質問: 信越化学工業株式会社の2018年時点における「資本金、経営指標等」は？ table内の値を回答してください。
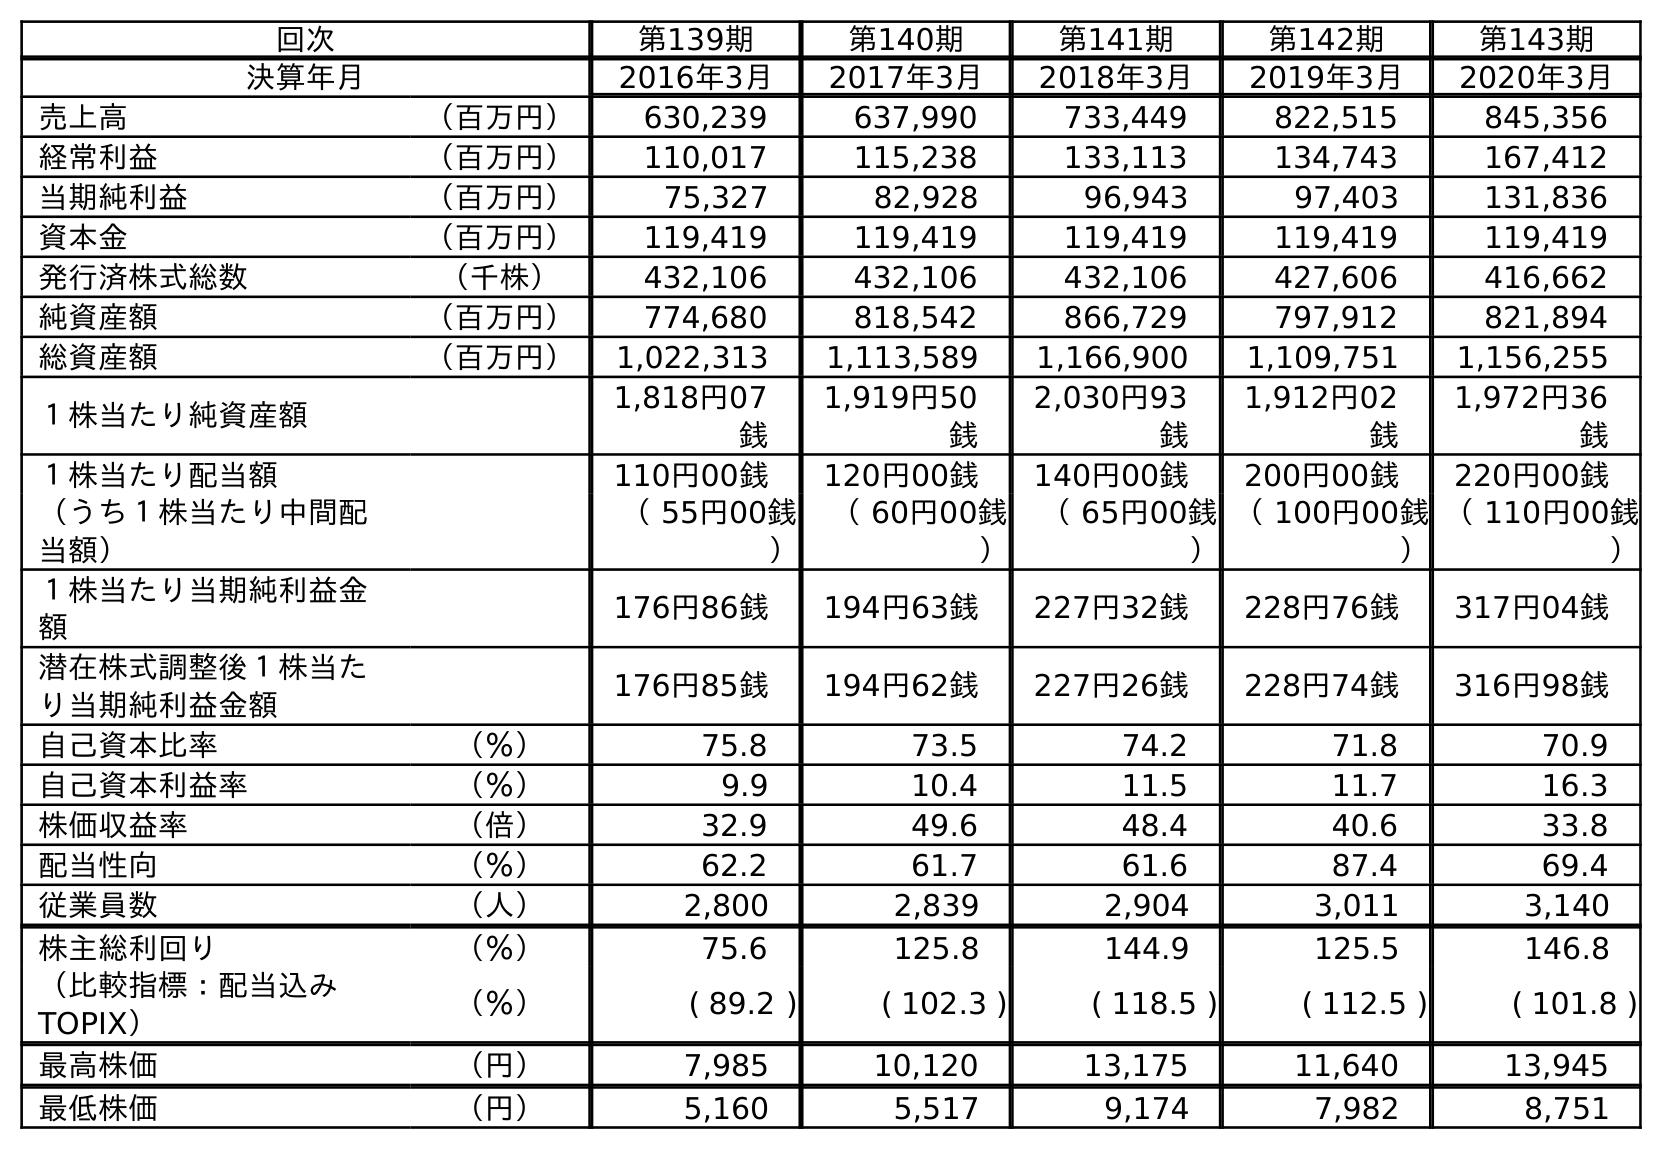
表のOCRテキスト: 回次 第139期 第140期 第141期 第142期 第143期 決算年月 2016年3月 2017年3月 2018年3月 2019年3月 2020年3月 売上高 （百万円） 630,239 637,990 733,449 822,515 845,356 経常利益 （百万円） 110,017 115,238 133,113 134,743 167,412 当期純利益 （百万円） 75,327 82,928 96,943 97,403 131,836 資本金 （百万円） 119,419 119,419 119,419 119,419 119,419 発行済株式総数 （千株） 432,106 432,106 432,106 427,606 416,662 純資産額 （百万円） 774,680 818,542 866,729 797,912 821,894 総資産額 （百万円） 1,022,313 1,113,589 1,166,900 1,109,751 1,156,255 １株当たり純資産額 1,818円07 銭 1,919円50 銭 2,030円93 銭 1,912円02 銭 1,972円36 銭 １株当たり配当額 110円00銭 120円00銭 140円00銭 200円00銭 220円00銭 （うち１株当たり中間配 当額） （ 55円00銭 ） （ 60円00銭 ） （ 65円00銭 ） （ 100円00銭 ） （ 110円00銭 ） １株当たり当期純利益金 額 176円86銭 194円63銭 227円32銭 228円76銭 317円04銭 潜在株式調整後１株当た り当期純利益金額 176円85銭 194円62銭 227円26銭 228円74銭 316円98銭 自己資本比率 （％） 75.8 73.5 74.2 71.8 70.9 自己資本利益率 （％） 9.9 10.4 11.5 11.7 16.3 株価収益率 （倍） 32.9 49.6 48.4 40.6 33.8 配当性向 （％） 62.2 61.7 61.6 87.4 69.4 従業員数 （人） 2,800 2,839 2,904 3,011 3,140 株主総利回り （％） 75.6 125.8 144.9 125.5 146.8 （比較指標：配当込み TOPIX） （％） ( 89.2 ) ( 102.3 ) ( 118.5 ) ( 112.5 ) ( 101.8 ) 最高株価 （円） 7,985 10,120 13,175 11,640 13,945 最低株価 （円） 5,160 5,517 9,174 7,982 8,751
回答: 119,419